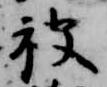
被